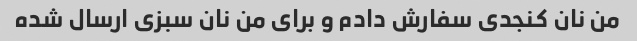
من نان کنجدی سفارش دادم و برای من نان سبزی ارسال شده